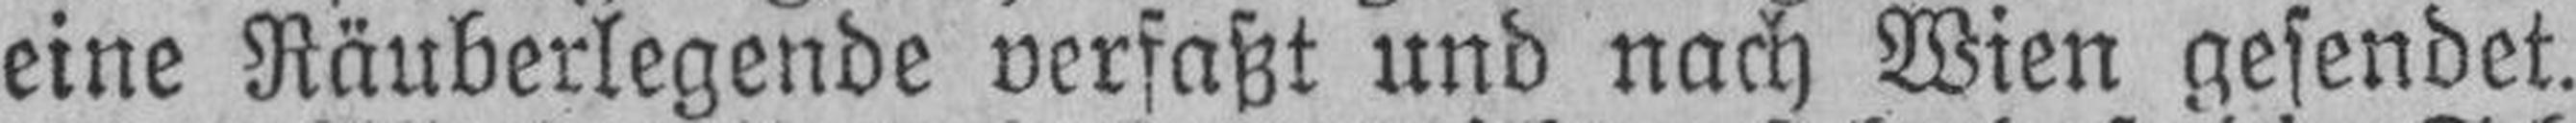
eine Räuberlegende verfaßt und nach Wien gesendet.